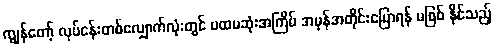
ကျွန်တော့် လုပ်ငန်းတစ်လျှောက်လုံးတွင် ပထမဆုံးအကြိမ် အမှန်အတိုင်းပြောရန် မဖြစ် နိုင်သည့်